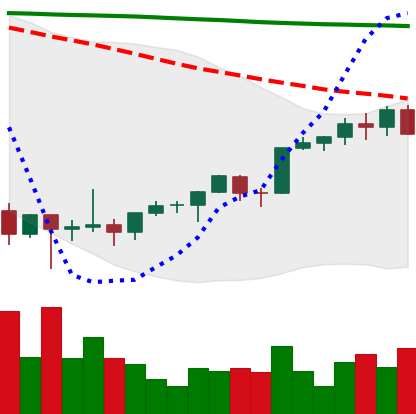
Ticker: ETH-USD
Chart end date: 2022-02-10
Forward return: 3.327%
Label: up_3_5